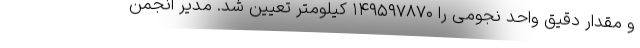
و مقدار دقیق واحد نجومی را ۱۴۹۵۹۷۸۷۰ کیلومتر تعیین شد. مدیر انجمن